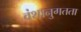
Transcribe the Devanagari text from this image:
वंशानुगतता